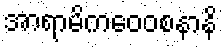
အာရာမိကဝေဝစနာနိ